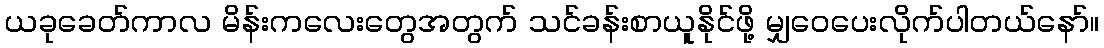
ယခုခေတ်ကာလ မိန်းကလေးတွေအတွက် သင်ခန်းစာယူနိုင်ဖို့ မျှဝေပေးလိုက်ပါတယ်နော်။